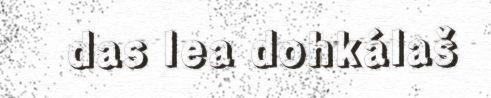
das lea dohkálaš